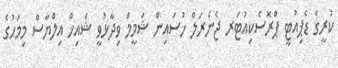
ކުރީގެ ޑެޕިއުޓީ ޕްރޮސެކިއުޓަރ ޖެނެރަލް ހުސައިން ޝަމީމް ވިދާޅުވީ ޝައިޚް އިލްޔާސް މިމަހުގެ